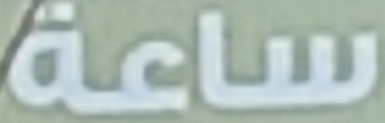
ساعة